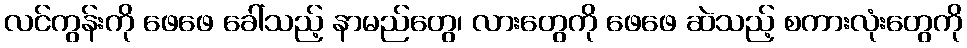
လင်ကွန်းကို ဖေဖေ ခေါ်သည့် နာမည်တွေ၊ လားတွေကို ဖေဖေ ဆဲသည့် စကားလုံးတွေကို